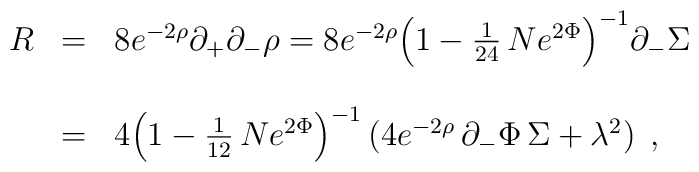
\begin{array}{lll}R&=&8e^{-2\rho}\partial_+\partial_-\rho=8e^{-2\rho}{\left(1-{1\over24}\,Ne^{2\Phi}\right)}^{-1}\partial_-\Sigma\\\\\ &=&4{\left(1-{1\over12}\,Ne^{2\Phi}\right)}^{-1}\left(4e^{-2\rho}\,\partial_-\Phi\,\Sigma+\lambda^2\right)\;,\end{array}